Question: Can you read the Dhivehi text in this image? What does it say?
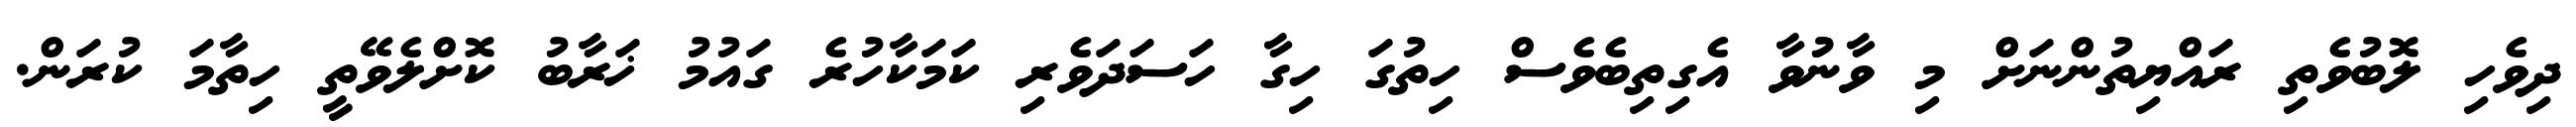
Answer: ދިވެހި ލޮބުވެތި ރައްޔިތުންނަށް މި ވާނުުވާ އެގިތިބެވެސް ހިތުގަ ހިގާ ހަސަދަވެރި ކަމަކާހުރެ ގައުމު ޚަރާބު ކޮށްލެވޭތީ ހިތާމަ ކުރަން.